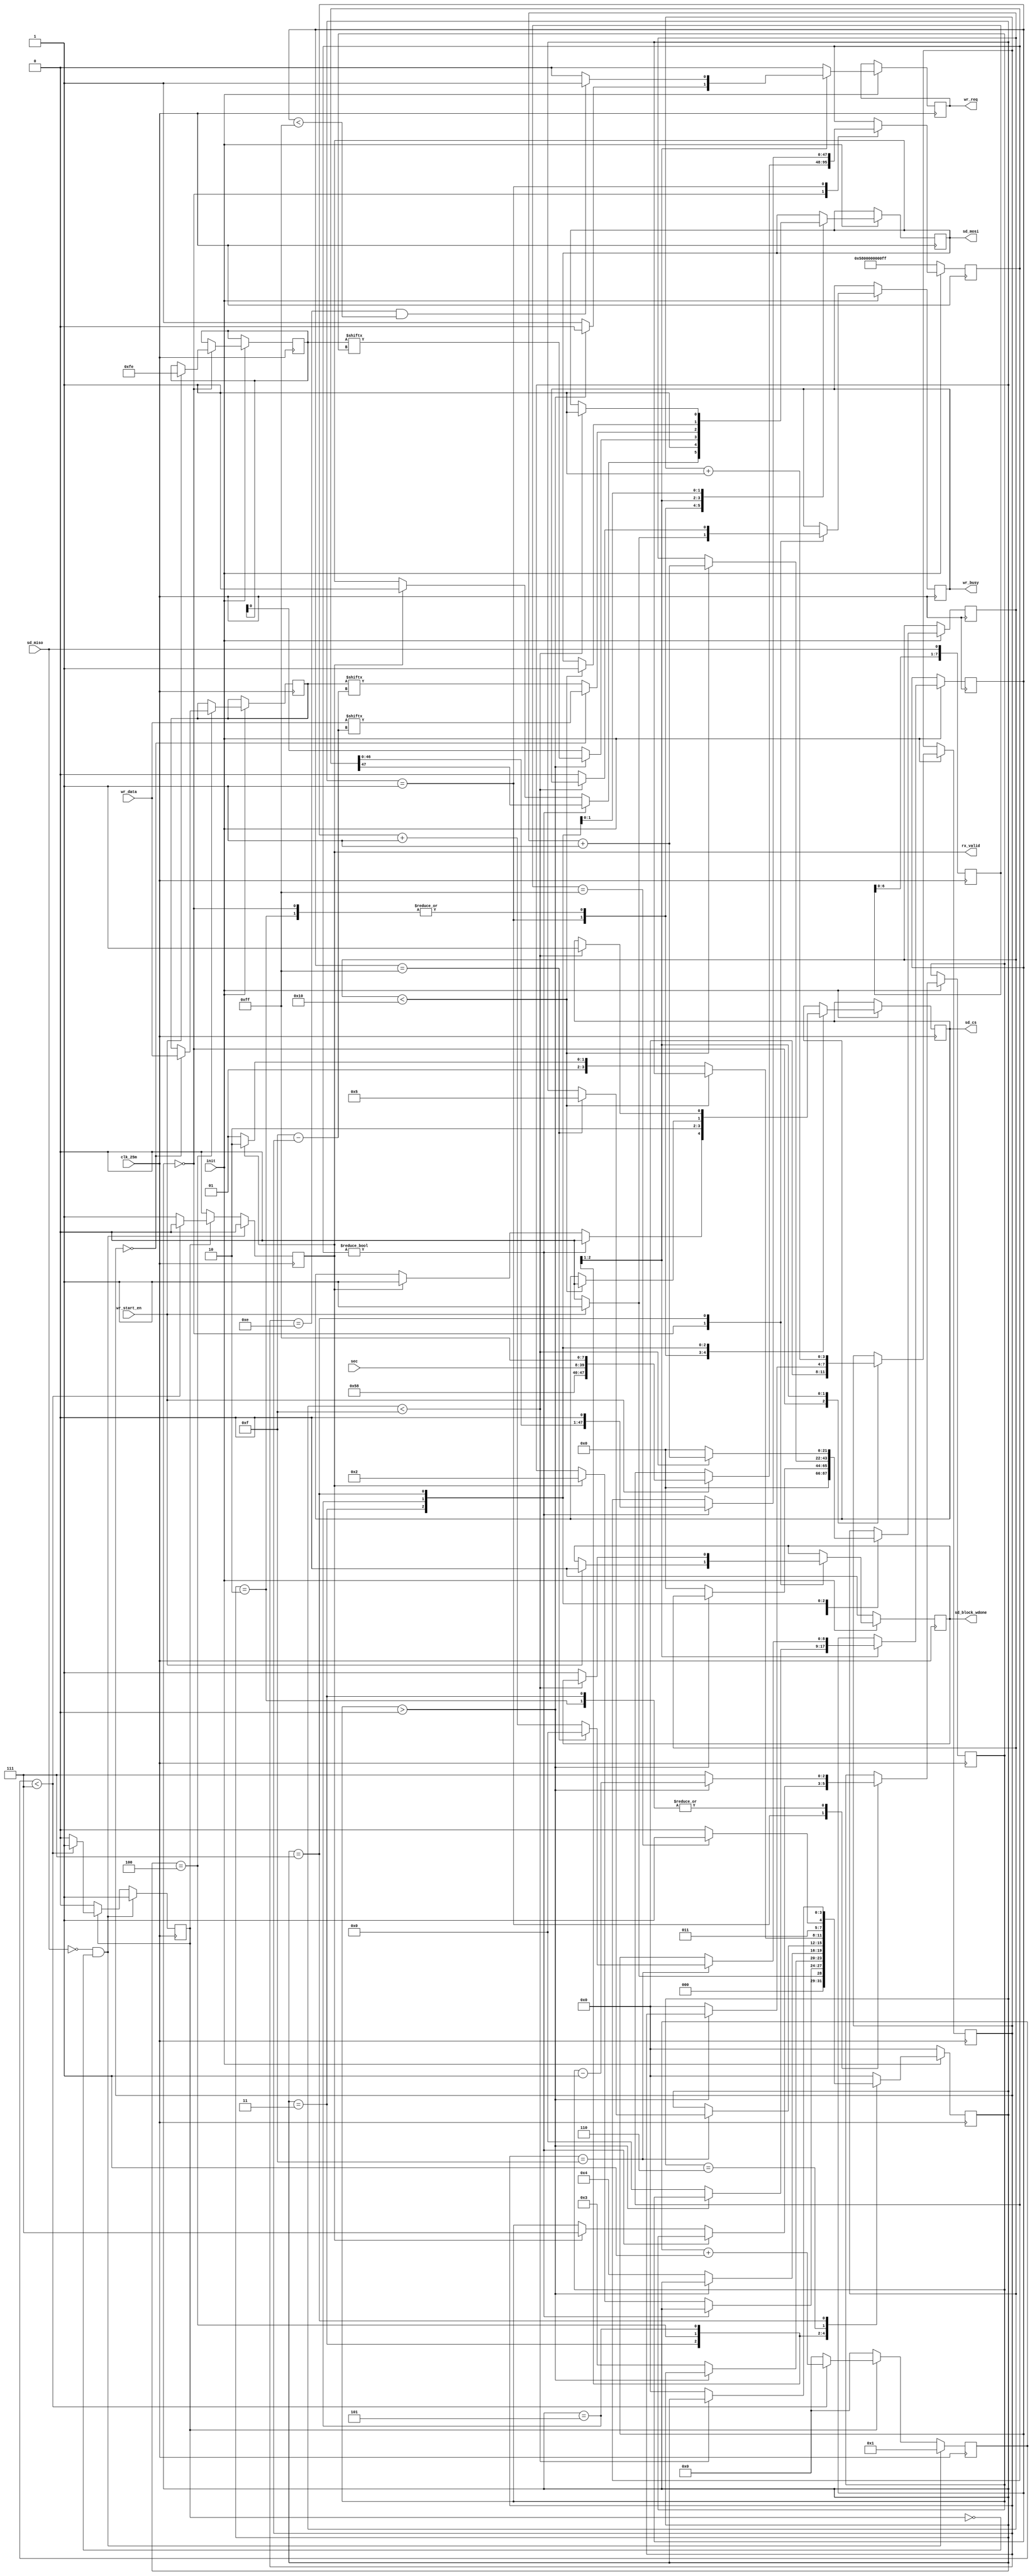
`timescale 1ns / 1ps
//////////////////////////////////////////////////////////////////////////////////
// Module Name:    sd_write 
//////////////////////////////////////////////////////////////////////////////////
module sd_write_v1(  
        input                   clk_25m         ,
		output reg              sd_cs           ,
		output reg              sd_mosi         ,
		input                   sd_miso         ,
		input                   init            ,
		input [31:0]            sec             ,            //SDsec
		input                   wr_start_en     ,             //SD
        output reg              wr_busy         ,
		output reg              rx_valid        ,     
        input  wire [15:0]      wr_data         ,
        output reg              wr_req          ,                        
		output reg              sd_block_wdone
    );
	 
wire [3:0] mystate_o;

reg [7:0] rx;
reg [3:0] mystate;
reg en;

reg [5:0] aa;	 
reg [21:0] cnt;

reg [7:0] write_data;

reg [47:0] CMD24={8'h58,8'h00,8'h00,8'h00,8'h00,8'hff};//blockCMD24
reg [7:0] Sblock_token=8'hfe;                  //

reg [7:0] CMDX;
reg [7:0] CMDY=8'hff;
reg [2:0] cnta;

parameter idle=4'd0;
parameter write_cmd=4'd1;
parameter wait_8clk=4'd2;
parameter start_taken=4'd3;
parameter writea=4'd4;
parameter write_crc=4'd5;
parameter write_wait=4'd6;
parameter write_done=4'd7;
	 
always @(posedge clk_25m)
begin
	rx[0]<=sd_miso;
	rx[7:1]<=rx[6:0];
end

//SD
always @(posedge clk_25m)
begin
	if(!sd_miso&&!en)begin rx_valid<=1'b0; aa<=1;en<=1'b1;end      //SD_dataout,SD_dataout,
   else if(en)	begin 
		if(aa<7) begin
			aa<=aa+1'b1; 
			rx_valid<=1'b0;
		end
		else begin
			aa<=0;
			en<=1'b0;
			rx_valid<=1'b1;             //8bit,rx_valid
		end
	end
	else begin en<=1'b0;aa<=0;rx_valid<=1'b0;end
end
reg [3:0] bit_cnt;
reg [8:0] data_cnt ;
reg [15:0] wr_data_t ;
//SD
always @(negedge clk_25m)
if(!init)
	begin
		mystate<=idle;
		CMD24<={8'h58,8'h00,8'h00,8'h00,8'h00,8'hff};
		sd_block_wdone<=1'b0;
	end
else
	begin
    wr_req <= 1'b0 ;
	case(mystate)
		idle:	begin
                wr_busy <= 1'b0 ;
				sd_cs<=1'b1;
				sd_mosi<=1'b1;
				cnt<=22'd0;		
                bit_cnt <= 4'd0 ;                
				if(wr_start_en) begin          //	
                        wr_busy <= 1'b1 ;                
						mystate<=write_cmd;
						CMD24<={8'h58,sec[31:24],sec[23:16],sec[15:8],sec[7:0],8'hff};
						Sblock_token<=8'hfe;
						sd_block_wdone<=1'b0;
					end
				else mystate<=idle;
		end
		write_cmd: begin                    //CMD24 (single Block write)	
			   if(CMD24!=48'd0) begin
					sd_cs<=1'b0;
					sd_mosi<=CMD24[47];
					CMD24<={CMD24[46:0],1'b0};     //,						
				end
				else begin 
				   if(rx_valid) begin         //			
						cnta<=7;
						mystate<=wait_8clk;
						sd_cs<=1'b1;
					   sd_mosi<=1'b1;					
					end
				end
		end
		wait_8clk: begin                     //8clock
			 if(cnta>0) begin
					 cnta<=cnta-1'b1;
					 sd_cs<=1'b1;
					 sd_mosi<=1'b1;
			 end
			 else begin
					 sd_cs<=1'b1;
					 sd_mosi<=1'b1;
					 mystate<=start_taken;
					 cnta<=7;
			 end
		end		
		start_taken: begin             //Start Block Taken
			 if(cnta>0) begin
					 cnta<=cnta-1'b1;
					 sd_cs<=1'b0;
					 sd_mosi<=Sblock_token[cnta];         //
			 end
			 else begin
					 sd_cs<=1'b0;
					 sd_mosi<=Sblock_token[0];
					 mystate<=writea;
                     wr_req <= 1'b1 ;
					 cnta<=15;
					 cnt<=0;
                     bit_cnt <= 4'd0 ;
                     data_cnt <= 9'd0 ;
				end
		end
		writea: begin             //512(0~255,0~255)SD
                bit_cnt <= bit_cnt + 4'd1;                     
                if(bit_cnt == 4'd0) begin                      
                    sd_mosi <= wr_data[4'd15-bit_cnt];      //     
                    wr_data_t <= wr_data;                   //   
                end                                            
                else                                           
                    sd_mosi <= wr_data_t[4'd15-bit_cnt];    //
//----------------------------------------------------------------------
                if((bit_cnt == 4'd14) && (data_cnt < 9'd255)) 
                    wr_req <= 1'b1;                          
                if(bit_cnt == 4'd15) begin                     
                    data_cnt <= data_cnt + 9'd1;  
                    //BLOCK512 = 256 * 16bit             
                    if(data_cnt == 9'd255) begin
                        data_cnt <= 9'd0;            
                        //,1   
                        mystate<=write_crc;                        
                    end                                        
                end      
		end
		write_crc: begin               //crc:0xff,0xff
				if(cnt<16) begin
					 sd_cs<=1'b0;
					 sd_mosi<=1'b1;
					 cnt<=cnt+1'b1;
				 end
				 else begin
				    if(rx_valid)         //Data Response Token
							mystate<=write_wait;
					 else
							mystate<=write_crc;					 
				end
		end
		write_wait: begin               //,
				if(rx==8'hff) begin
					mystate<=write_done;	 
				end
				else begin 
					mystate<=write_wait;
				end
		end
		write_done:begin
			  if(cnt<22'd15) begin      //15clock
				sd_cs<=1'b1;
				sd_mosi<=1'b1;
				cnt<=cnt+1'b1;
			  end
			  else begin
				mystate<=idle;
                wr_busy <= 1'b0;
				sd_block_wdone<=1'b1;	
                cnt<=0;
           end					
		end		
		default:mystate<=idle;
		endcase		
	end					
	

endmodule